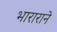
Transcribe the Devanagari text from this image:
भाराराने